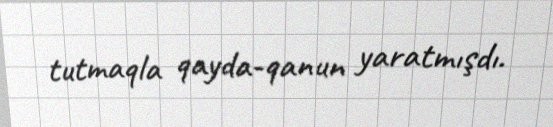
tutmaqla qayda-qanun yaratmışdı.